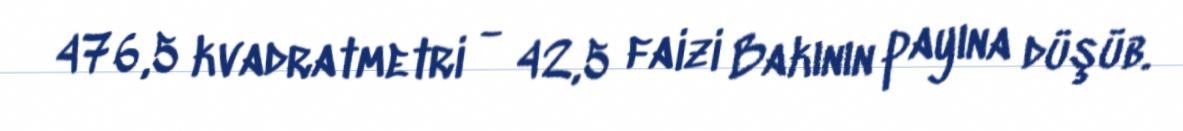
476,5 kvadratmetri - 42,5 faizi Bakının payına düşüb.